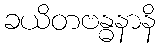
ခယိတဗန္ဓနာနိ